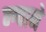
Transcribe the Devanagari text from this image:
न्ग्वाने